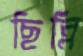
ছিন্নি